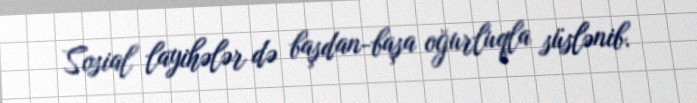
Sosial layihələr də başdan-başa oğurluqla süslənib.